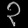
Digit: ၃